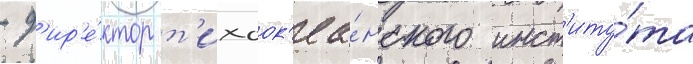
- д'ир'е́ктор т'ихоок'еа́нского инст'иту́та